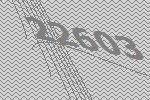
22603